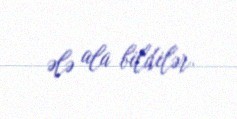
ələ ala bildilər.